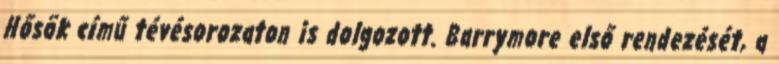
Hősök című tévésorozaton is dolgozott. Barrymore első rendezését, a